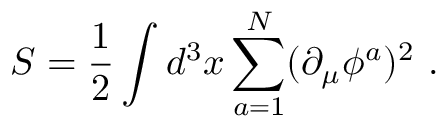
S = { \frac { 1 } { 2 } } \int d ^ { 3 } x \sum _ { a = 1 } ^ { N } ( \partial _ { \mu } \phi ^ { a } ) ^ { 2 } \ .